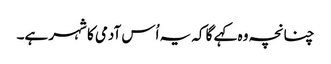
چنانچہ وہ کہے گا کہ یہ اُس آدمی کا شہر ہے۔